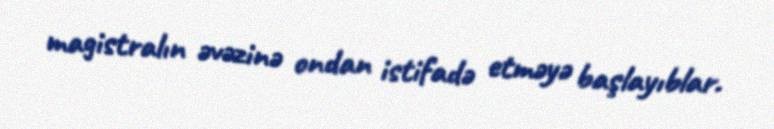
magistralın əvəzinə ondan istifadə etməyə başlayıblar.